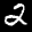
Label: 2